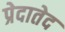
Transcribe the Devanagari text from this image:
प्रेदातेद